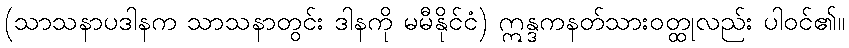
(သာသနာပဒါနက သာသနာတွင်း ဒါနကို မမီနိုင်ငံ) ဣန္ဒကနတ်သားဝတ္ထုလည်း ပါဝင်၏။